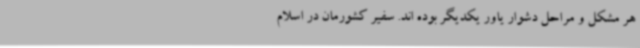
هر مشکل و مراحل دشوار یاور یکدیگر بوده اند. سفیر کشورمان در اسلام